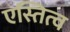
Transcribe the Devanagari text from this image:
एस्तित्व